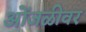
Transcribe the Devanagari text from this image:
ओंजळीवर